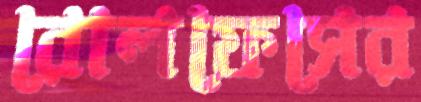
রোলফেসের